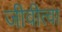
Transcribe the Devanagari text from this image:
जीवीत्वा